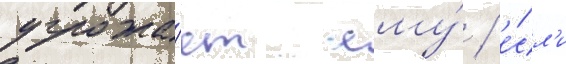
угрожа́ет ему́ / е́сл'и